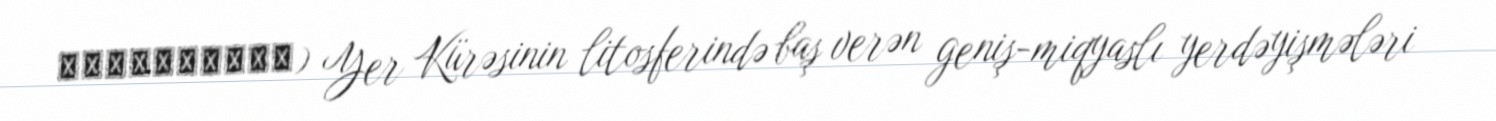
τεκτονικός) Yer Kürəsinin litosferində baş verən geniş-miqyaslı yerdəyişmələri